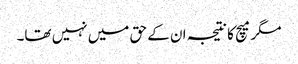
مگر میچ کا نتیجہ ان کے حق میں نہیں تھا۔